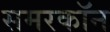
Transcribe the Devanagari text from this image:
समरकॉन